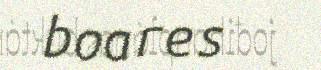
boares